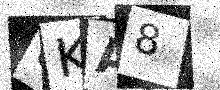
Text: 8KA8